Civil Veterinary Department. Madras. Admin. report 1910-25 - 1910-1925
Year: 1910
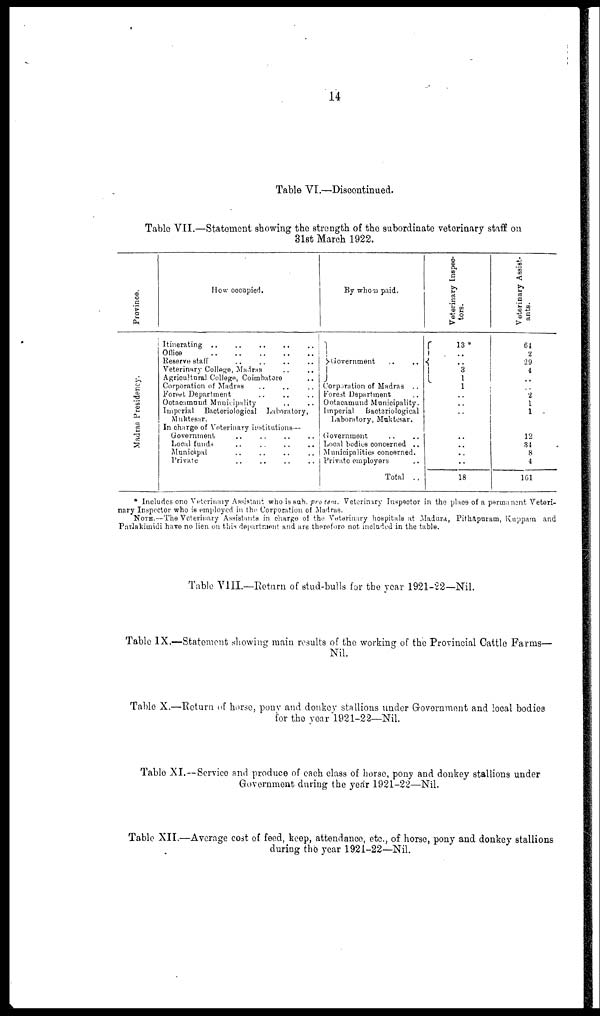
14
Table VI.—Discontinued.
Table VII.—Statement showing the strength of the subordinate veterinary staff on
31st March 1922.
Province.
Madras Presidency.
How occupied.
Itinerating .. .. .. .. ..
Office
..
..
..
..
..
Reserve staff .. .. .. .. ..
Veterinary College, Madras .. ..
Agricultural College, Coimbatore ..
Corporation of Madras .. .. ..
Forest Department .. .. ..
Ootacamund Municipality .. ..
Imperial Bacteriological Laboratory,
Muktesar.
In charge of Veterinary institutions—
Government .. .. .. .. ..
Local funds .. .. .. .. ..
Municipal .. .. .. .. ..
Private .. .. .. .. ..
By whom paid.
Government .. ..
Corporation of Madras ..
Forest Department
Ootacamund Municipality.
Imperial
Bacteriological
Laboratory, Muktesar.
Government
Local bodies concerned ..
Municipalities concerned.
Private employers
Total ..
Veterinary Inspec-
tors.
13 *
..
..
3
1
1
..
..
..
..
..
..
..
18
Veterinary Assist-
ants.
64
2
29
4
..
..
2
1
1
12
31
8
4
161
* Includes one Veterinary Assistant who is sub. pro tem. Veterinary Inspector in the place of a permanent Veteri-
nary Inspector who is employed in the Corporation of Madras.
NOTE.—The Veterinary Assistants in charge of the Veterinary hospitals at Madura, Pithapuram, Kuppam and
Parlakimidi have no lien on this department and are therefore not included in the table.
Table VIII.—Return of stud-bulls for the year 1921-22—Nil.
Table IX.—Statement showing main results of the working of the Provincial Cattle Farms—
Nil.
Table X.—Return of horse, pony and donkey stallions under Government and local bodies
for the year 1921-22—Nil.
Table XI.—Service and produce of each class of horse, pony and donkey stallions under
Government during the year 1921-22—Nil.
Table XII.—Average cost of food, beep, attendance, etc., of horse, pony and donkey stallions
during the year 1921-22—Nil.